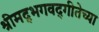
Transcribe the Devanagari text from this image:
श्रीमद्‌भगवद्‌गीतेच्या